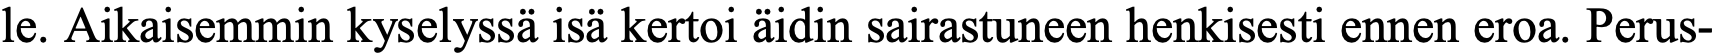
le. Aikaisemmin kyselyssä isä kertoi äidin sairastuneen henkisesti ennen eroa. Perus-